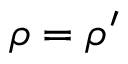
\rho = \rho ^ { \prime }